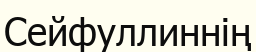
Сейфуллиннің